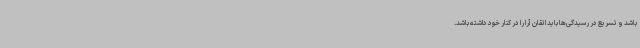
باشد و تسریع در رسیدگی‌ها باید اتقان آرا را در کنار خود داشته باشد.